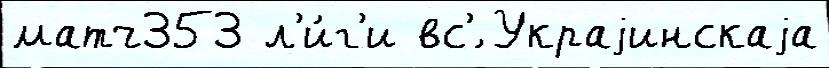
матч353 л'и́г'и вс'́ Украjинскаjа